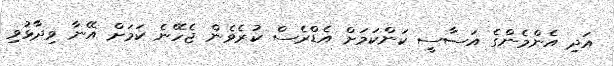
އަދި އެންމެންގެ އަސާސީ ކަންކަމަށް އެޑްރެސް ކުރެވެން ޖެހޭނެ ކަމަށް އޭނާ ވިދާޅުވި